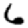
Digit: 6